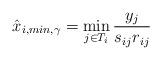
LaTeX: \begin{align*}\hat{x}_{i,min,\gamma} = \min_{j\in T_i} \frac{y_j}{s_{ij}r_{ij}}\end{align*}